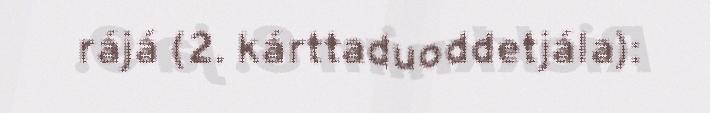
rájá (2. kárttaduoddetjála):